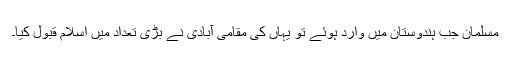
مسلمان جب ہندوستان میں وارد ہوئے تو یہاں کی مقامی آبادی نے بڑی تعداد میں اسلام قبول کیا۔